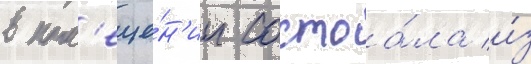
в пом'еще́н'ии состоа́ла и́з